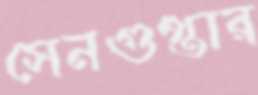
সেনগুপ্তার